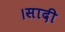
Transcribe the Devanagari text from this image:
।सादी